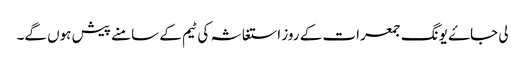
لی جاۓ یونگ جمعرات کے روز استغاثہ کی ٹیم کے سامنے پیش ہوں گے۔